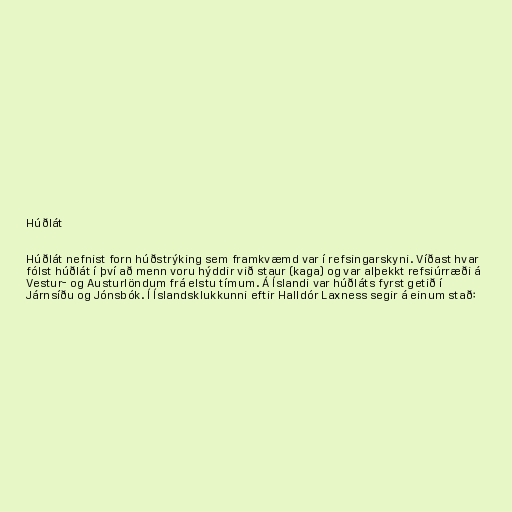
Húðlát

Húðlát nefnist forn húðstrýking sem framkvæmd var í refsingarskyni. Víðast hvar
fólst húðlát í því að menn voru hýddir við staur (kaga) og var alþekkt refsiúrræði á
Vestur- og Austurlöndum frá elstu tímum. Á Íslandi var húðláts fyrst getið í
Járnsíðu og Jónsbók. Í Íslandsklukkunni eftir Halldór Laxness segir á einum stað: